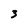
Character: 3